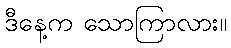
ဒီနေ့က သောကြာလား။